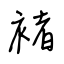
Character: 褚